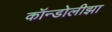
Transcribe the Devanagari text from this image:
कॉन्डोलीझा